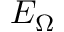
E _ { \Omega }